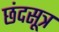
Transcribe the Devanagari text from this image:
छंदसूत्र